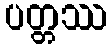
ပတ္တဿ